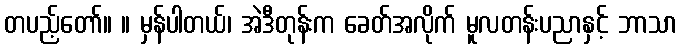
တပည့်တော်။ ။ မှန်ပါတယ်၊ အဲဒီတုန်းက ခေတ်အလိုက် မူလတန်းပညာနှင့် ဘာသာ